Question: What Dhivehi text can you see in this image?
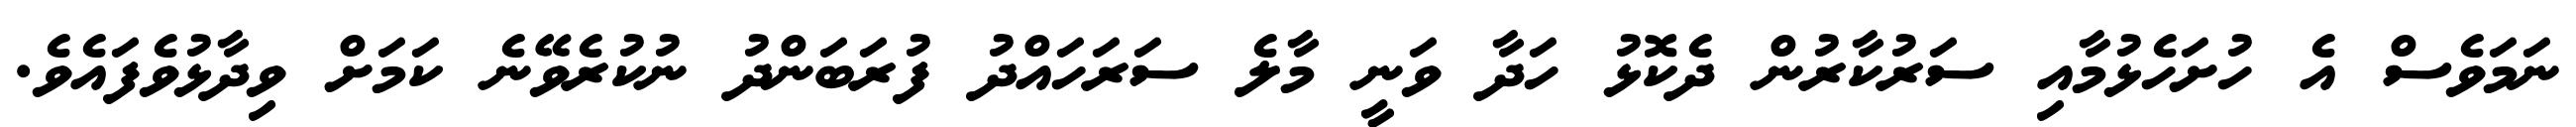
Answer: ނަމަވެސް އެ ހުށަހެޅުމާއި ސަރުކާރުން ދެކޮޅު ހަދާ ވަނީ މާލެ ސަރަހައްދު ފުރަބަންދު ނުކުރެވޭނެ ކަމަށް ވިދާޅުވެފައެވެ.